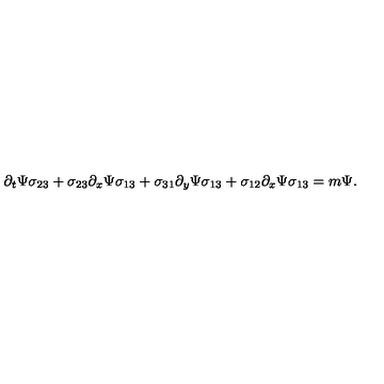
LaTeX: \partial _ { t } \Psi \sigma _ { 2 3 } + \sigma _ { 2 3 } \partial _ { x } \Psi \sigma _ { 1 3 } + \sigma _ { 3 1 } \partial _ { y } \Psi \sigma _ { 1 3 } + \sigma _ { 1 2 } \partial _ { x } \Psi \sigma _ { 1 3 } = m \Psi .